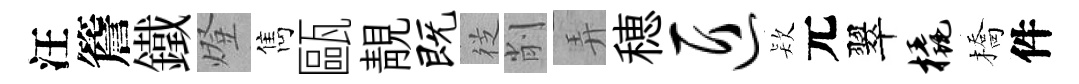
汪簷鐵燈雋甌靚既徔削弄穂匠𣣇元翠橇橋件